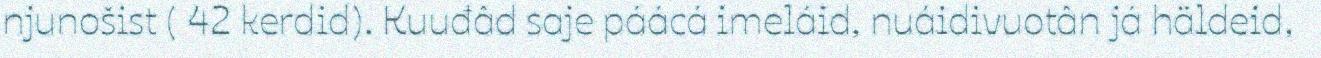
njunošist ( 42 kerdid). Kuuđâd saje páácá imeláid, nuáidivuotân já häldeid,